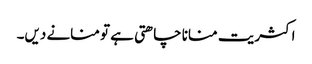
اکثریت منانا چاھتی ہے تو منانے دیں۔